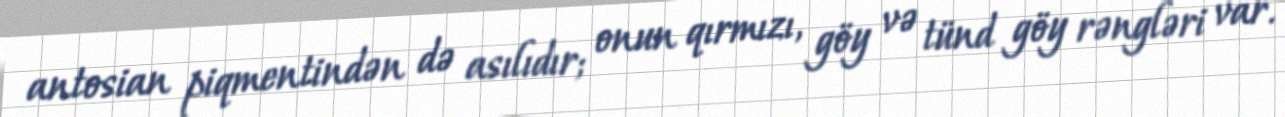
antosian piqmentindən də asılıdır; onun qırmızı, göy və tünd göy rəngləri var.